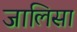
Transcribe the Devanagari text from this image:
जालिसा